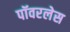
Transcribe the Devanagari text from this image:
पॉवरलेस